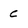
Character: C